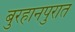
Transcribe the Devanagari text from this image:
बुरहानपुरात